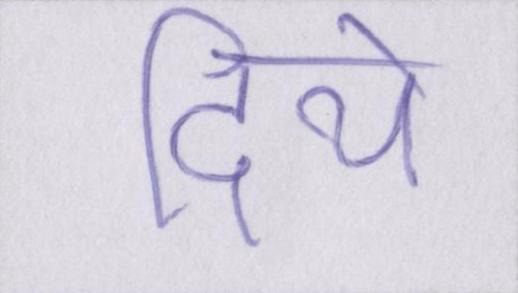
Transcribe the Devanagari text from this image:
दिये